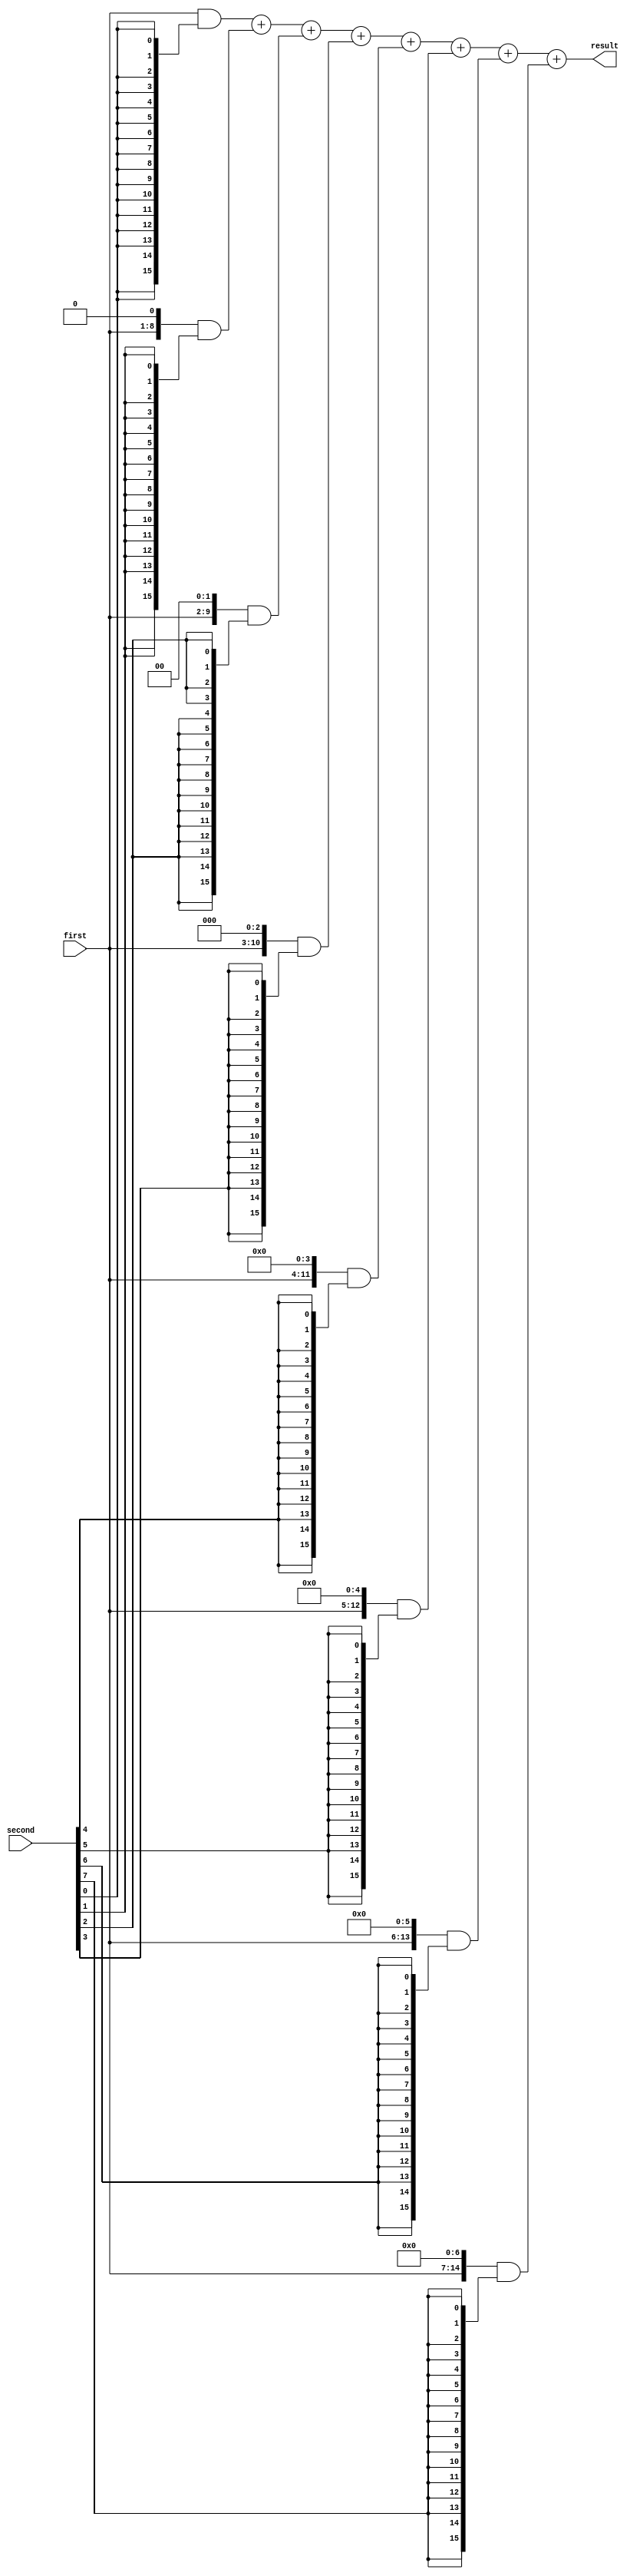
module mul_simple #(    //   (unsigned)
    parameter DATA_1_WIDTH = 8,
    parameter DATA_2_WIDTH = DATA_1_WIDTH,
    parameter RES_WIDTH = DATA_1_WIDTH + DATA_2_WIDTH
)(
    input wire [DATA_1_WIDTH - 1 : 0] first,
    input wire [DATA_2_WIDTH - 1 : 0] second,
    output wire [RES_WIDTH - 1 : 0] result
);
    wire [RES_WIDTH - 1 : 0] first_byte_extended;
    assign first_byte_extended = {{(RES_WIDTH - DATA_1_WIDTH){1'b0}}, first[DATA_1_WIDTH - 1 : 0]};

    wire [RES_WIDTH - 1 : 0] mul_by_digit [DATA_2_WIDTH - 1 : 0];
    genvar i;
    generate for(i = 0; i < DATA_2_WIDTH; i = i + 1) begin : loop_mul
        assign mul_by_digit[i] = (first_byte_extended << i) & {RES_WIDTH{second[i]}};
    end
    endgenerate

    wire [RES_WIDTH - 1 : 0] mid_data [DATA_2_WIDTH - 1 : 0];
    generate for(i = 0; i < DATA_2_WIDTH; i = i + 1) begin : loop_sum
        if(i == 0)
            assign mid_data[i] = mul_by_digit[i];
        else
            assign mid_data[i] = mid_data[i - 1] + mul_by_digit[i]; //  - ,    
    end             //               
    endgenerate     //      DATA_2_WIDTH

    assign result = mid_data[DATA_2_WIDTH - 1];

endmodule